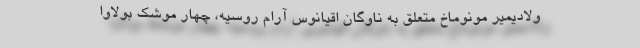
ولادیمیر مونوماخ متعلق به ناوگان اقیانوس آرام روسیه، چهار موشک بولاوا